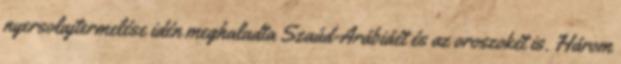
nyersolajtermelése idén meghaladta Szaúd-Arábiáét és az oroszokét is. Három